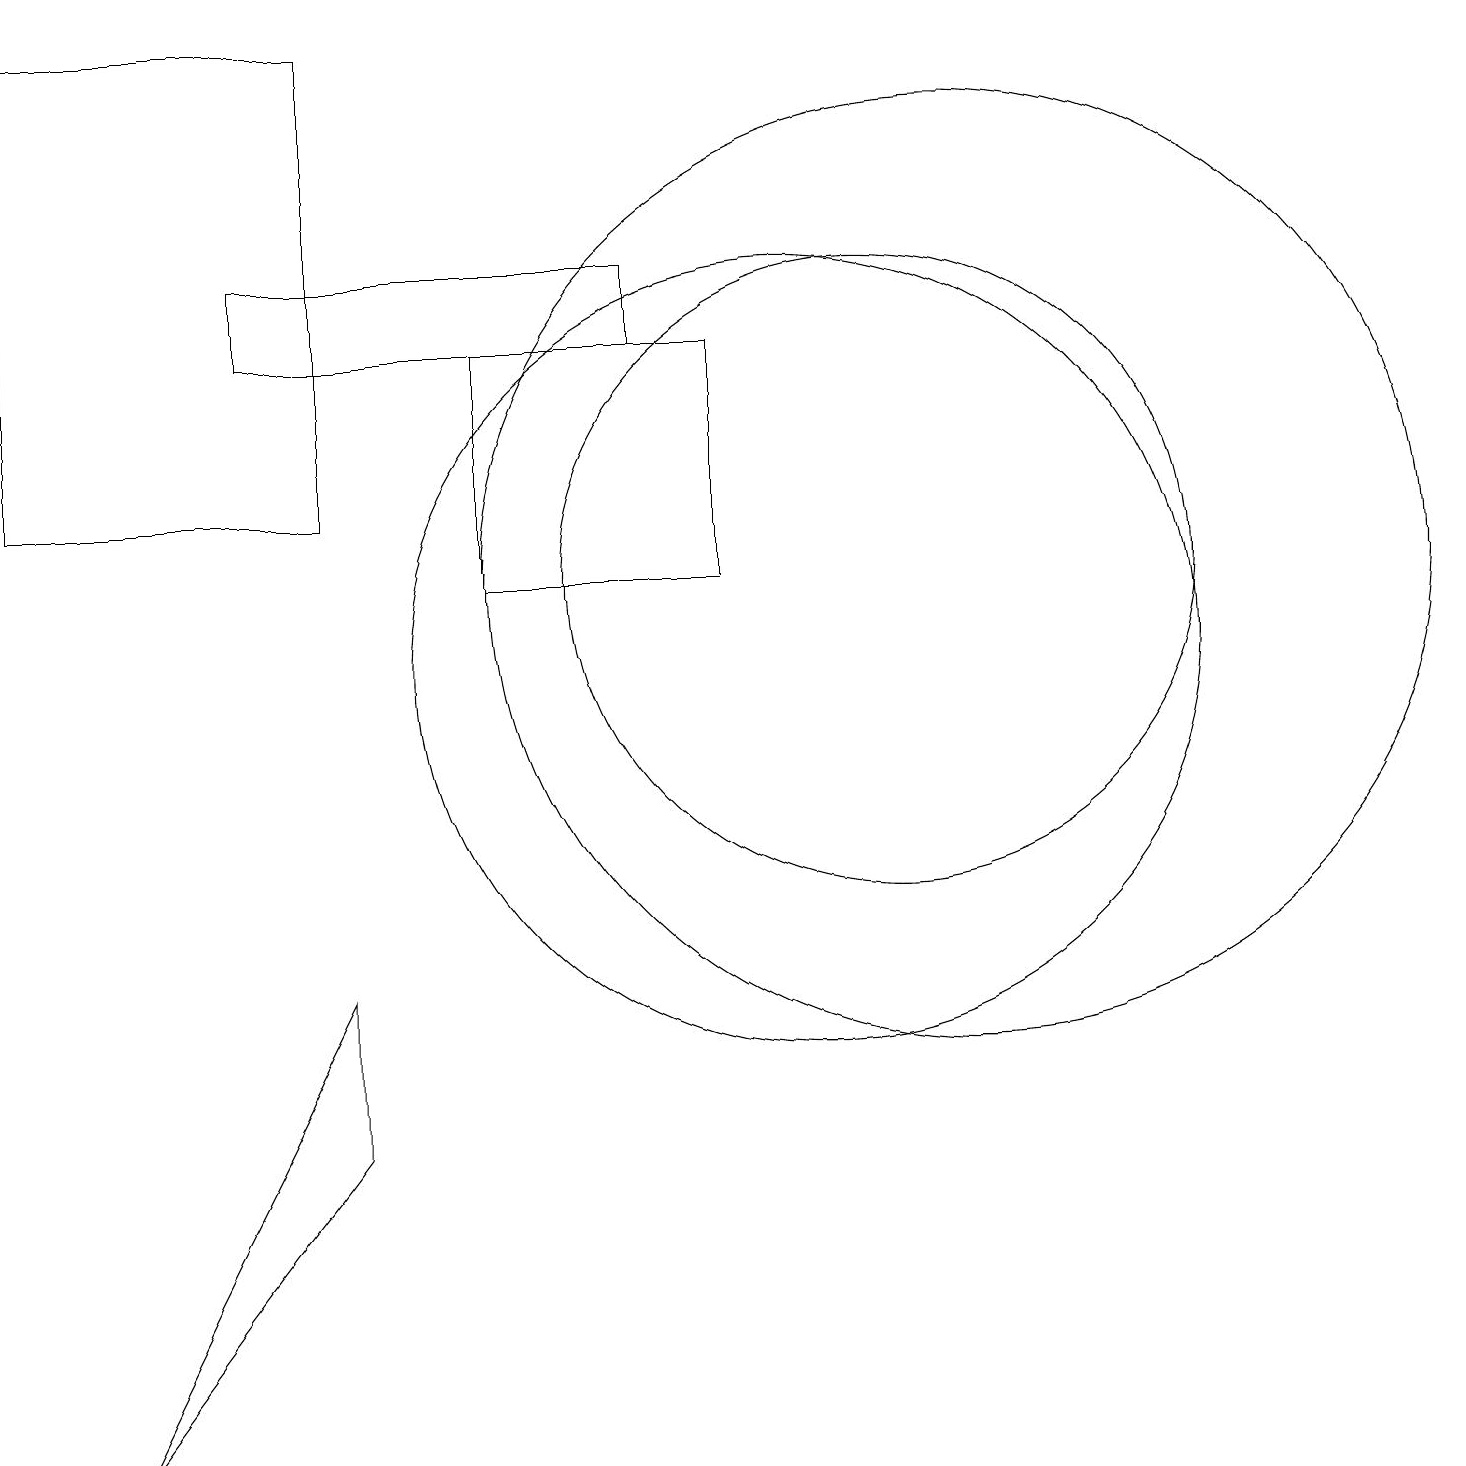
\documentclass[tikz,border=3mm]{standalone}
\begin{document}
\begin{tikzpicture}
\draw (1,0) -- (4,4) -- (4,6) -- cycle;
\draw (3,14) rectangle (8,15);
\draw (10,10) circle (5);
\draw (11,11) circle (4);
\draw (12,11) circle (6);
\draw (0,18) rectangle (4,12);
\draw (6,14) rectangle (9,11);
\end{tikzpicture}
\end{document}